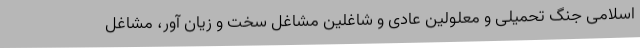
اسلامی جنگ تحمیلی و معلولین عادی و شاغلین مشاغل سخت و زیان آور، مشاغل